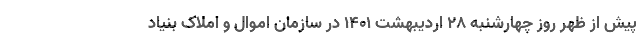
پیش از ظهر روز چهارشنبه 28 اردیبهشت 1401 در سازمان اموال و املاک بنیاد